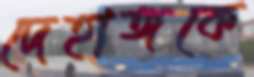
দেহাঙ্গকে